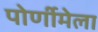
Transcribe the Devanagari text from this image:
पोर्णीमेला